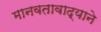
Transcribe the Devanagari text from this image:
मानवतावाद्याने